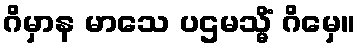
ဂိမှာန မာသေ ပဌမသ္မိံ ဂိမှေ။